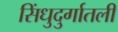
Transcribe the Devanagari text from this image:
सिंधुदुर्गातली